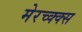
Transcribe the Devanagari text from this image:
मेरच्क्क्स